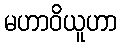
မဟာဝိယူဟာ